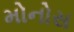
મોનોસ